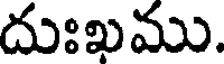
దుఃఖము.